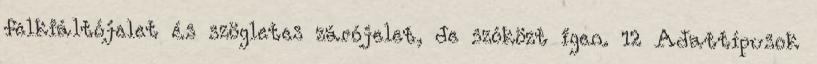
felkiáltójelet és szögletes zárójelet, de szóközt igen. 12 Adattípusok